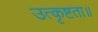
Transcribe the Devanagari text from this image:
उत्कृष्टता॥